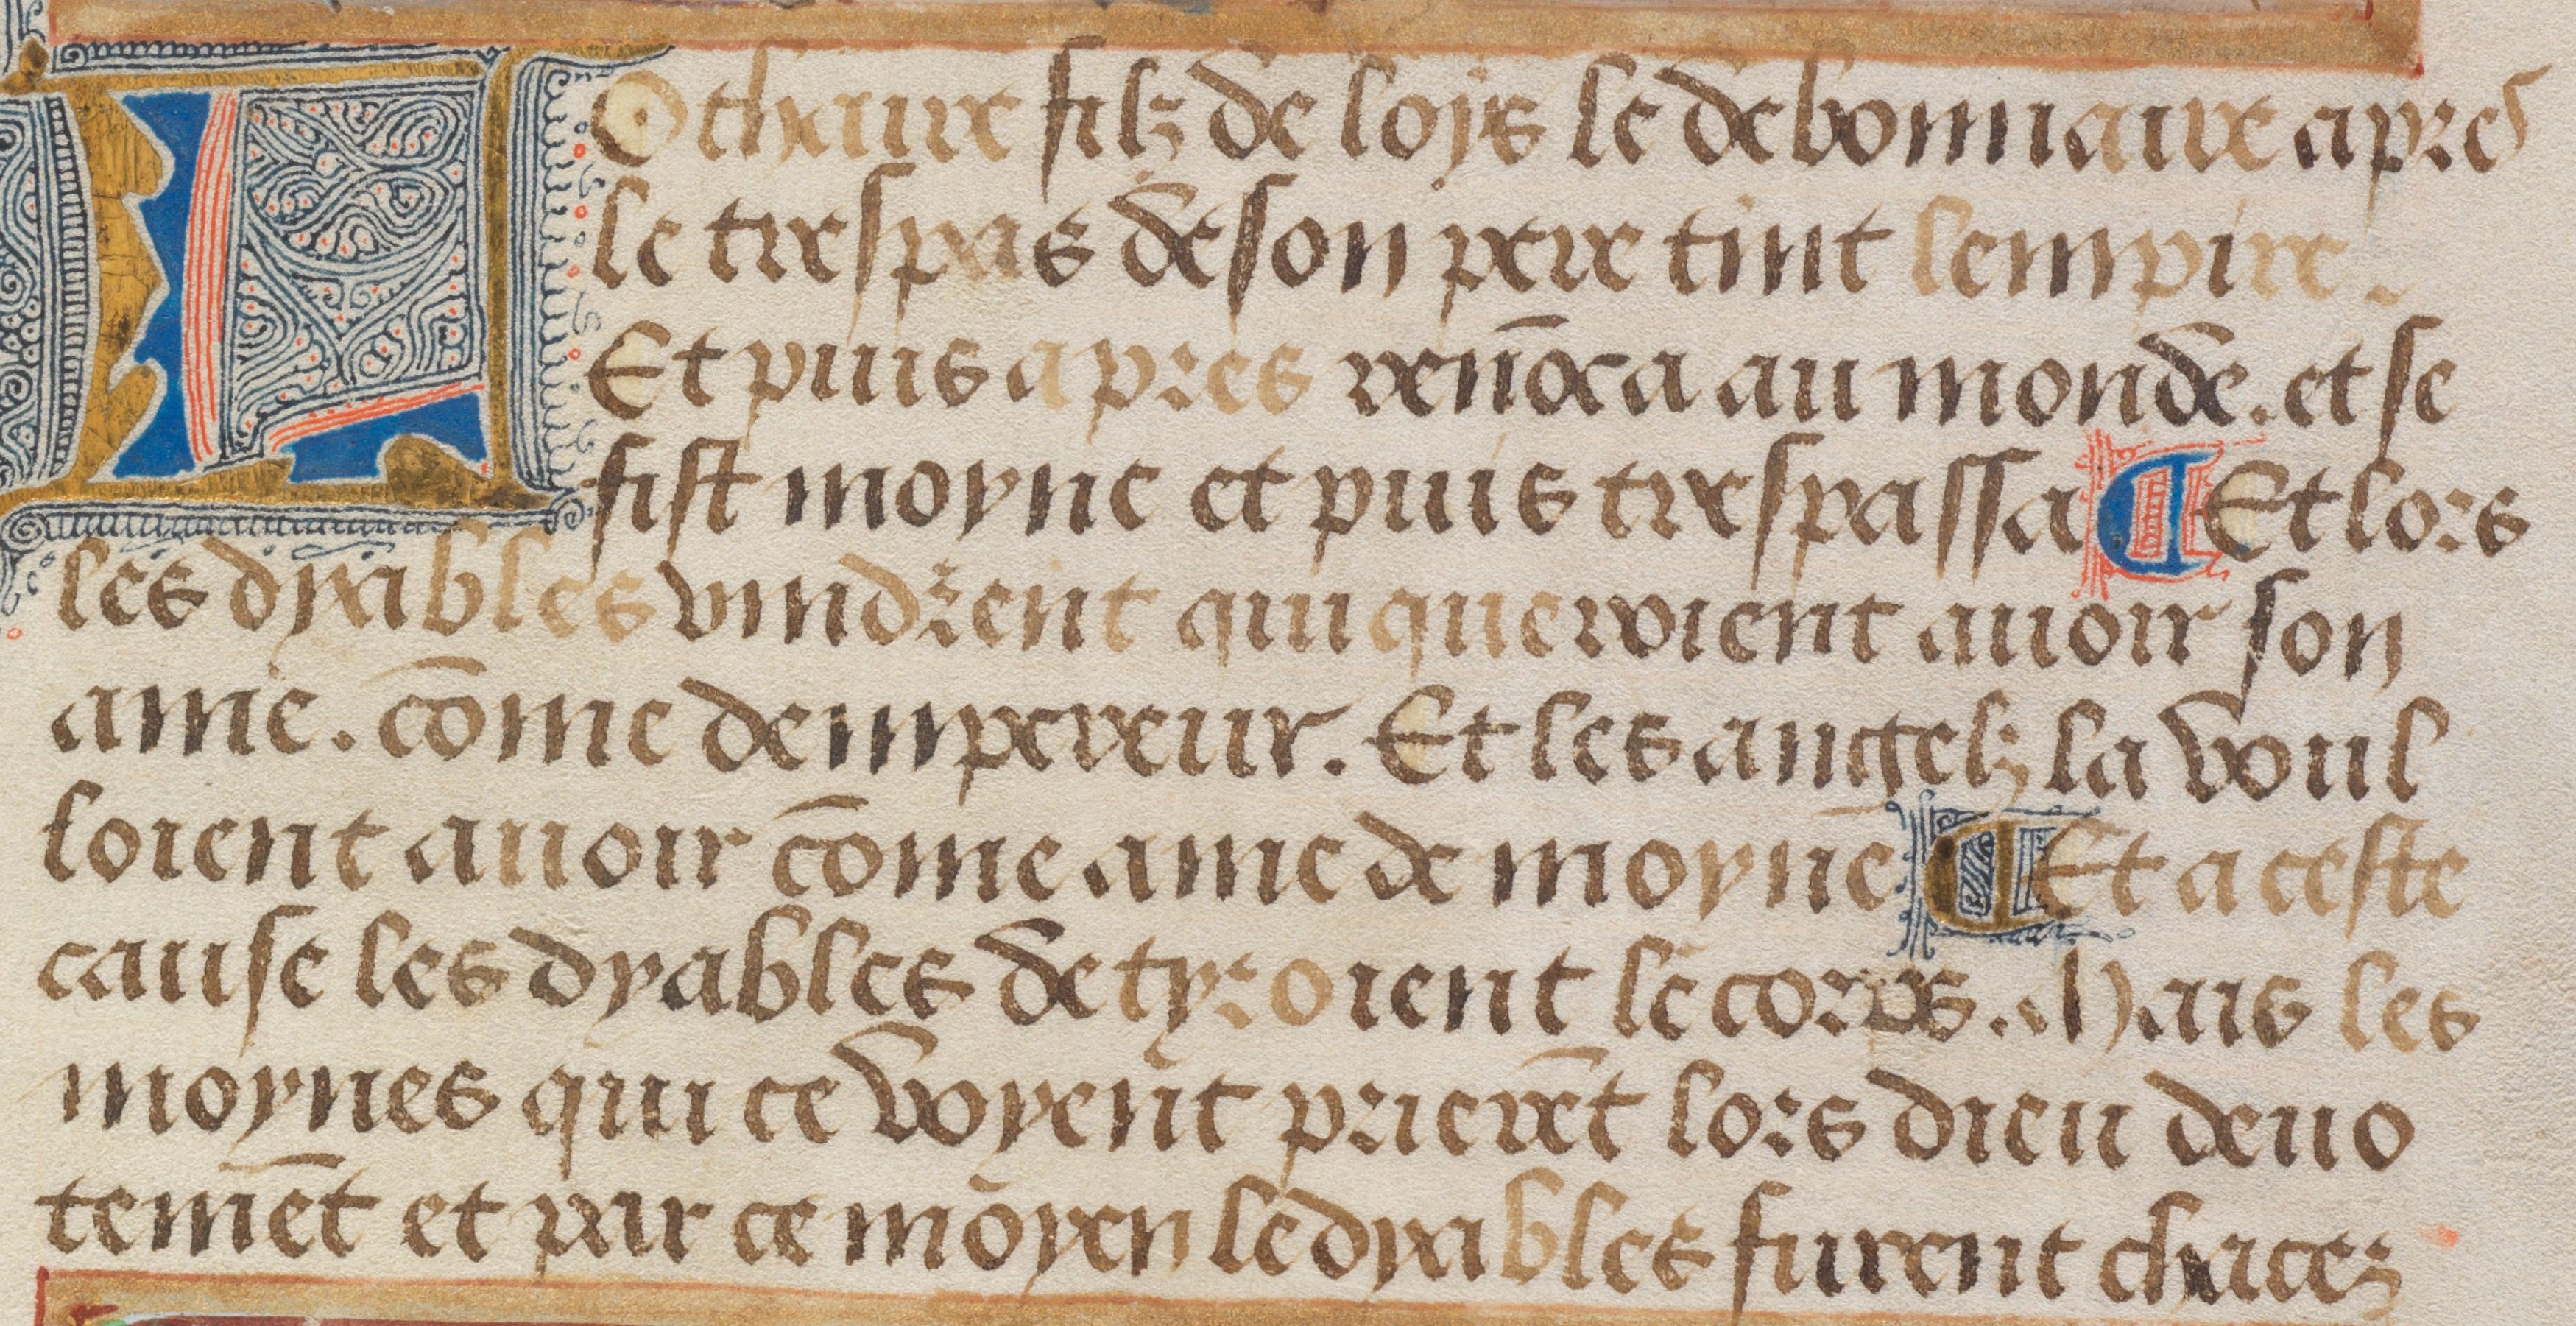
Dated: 1483–1503